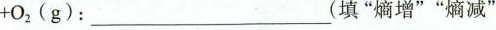
+O_{ 2 } ( g ) : ____________________(填”熵增””熵减”.